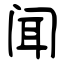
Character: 闻